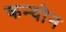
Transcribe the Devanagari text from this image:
कन्योन